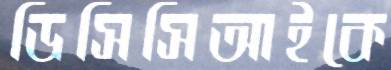
ডিসিসিআইকে